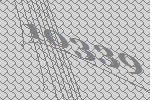
10339